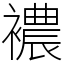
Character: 襛